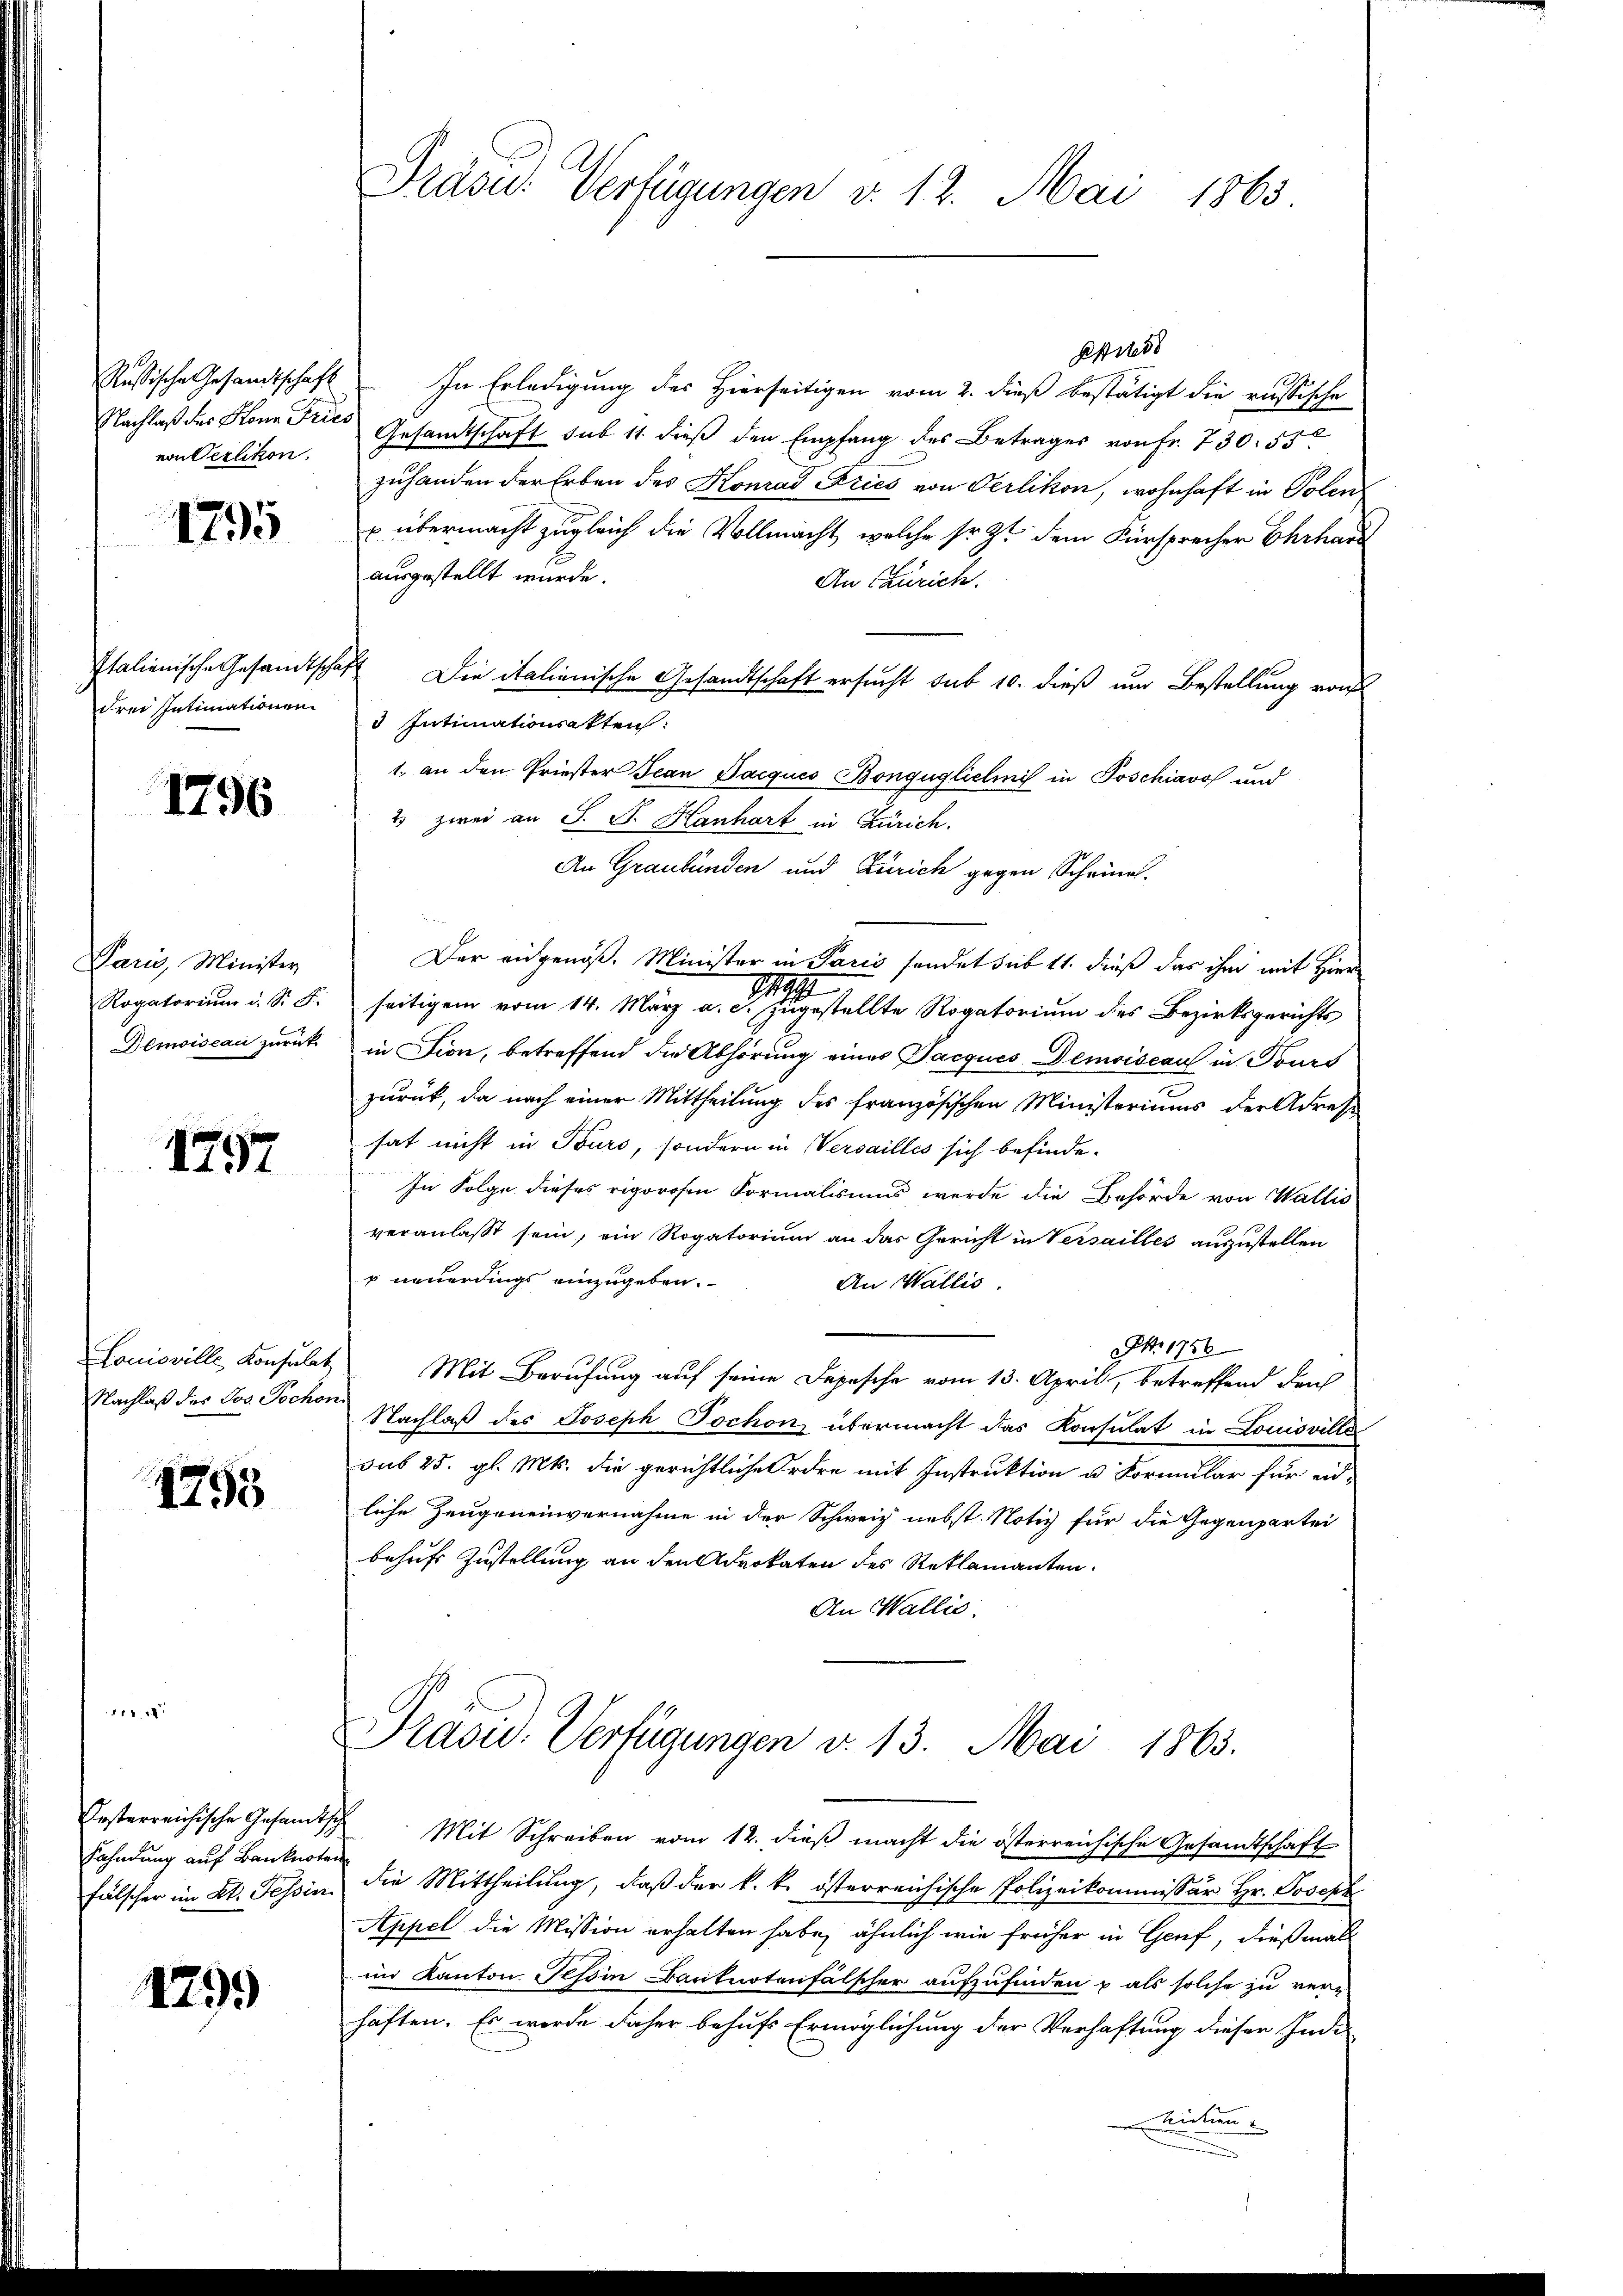
Russische Gesandtschaft
von Verlikon.

1795

Frei Intimationen

1796

Paris, Minister
Rogatorium u. S. F.
Demoiseau zurück

157

Louisville Konsulat
Nachlaß des Jos. Tochon

1795

Fahndung auf Banknoten

1799

Präsu: Verfügungen v. 12. Mai 1863

In Erledigung des Hierseitigen vom 2. dieß bestätigt die russische
Nachlaß des Kann Fries Gesandtschaft sub 11. dieß den Empfang des Betrages von Fr. 730. 55
zuhanden der Erben des Konrad Fries von Oerlikon, wohnhaft in Polen
x übermacht zugleich die Vollmacht, welche sr. Zt. dem Fürsprecher Ehrhard
ausgestellt wurde.
An Curich.
Italienische Gesamtschaft Die italienische Gesandtschaft ersucht sub 10. dieß um Bestellung von
 Intimationsakten:
1. an den Priester Jean Parqués Bongügliclinis in Poschiavo und
2 zwei an J. J. Hanhart in Zürich.
An Graubünden und Zürich gegen Scheina

Der eidgenöß. Minister in Paris sendet sub 11. dieß das ihm mit Hier
19
seitigen vom 14. März a. c. zugestellte Rogatorium des Bezirksgerichts
in Fion, betreffend die Abhörung eines Jacquis Demoiseau in Tours
zurück, da nach einer Mittheilung des französischen Ministeriums der Adress
hat nicht in Turs, sondern in Versailles sich befinde-
In Folge dieses rigorosen Formalismus werde die Behörde von Wallis
veranlasst sein, ein Rogatorium an das Gericht in Versailles auszustellen
 neuerdings einzugeben.
An Wallis.
No. 1756
Mit Berufung auf seine Depesche vom 13. April, betreffend den
Nachlaß des Joseph Jochon übermacht das Konsulat in Louisville
sub 25. gl. Mts. die gerichtliche Ordre mit Instruktion u. Formular für einliche Zeugeneinvernahme in der Schweiz nebst. Notiz für die Gegenpartei
behufs Zustellung an den Advokaten des Reklamanten.
An Wallis.

ppis

Prasid. Verfügungen v. 13. Mai 1863.

Oesterreichische Gesandtsche Mit Schreiben vom 12. dieß macht die österreichische Gesandtschaft
fälscher im Kt. Tessin die Mittheilŭng, daβ der k. k. österreichische Polizeikommissär Hr. Joseph
Appel die Mission erhalten habe, ähnlich wie früher in Genf, dießmal
im Kanton Tessin Canturtenfalscher aufzufinden & als solche zu verhaften. Es werde daher behufs Ermöglichung der Verhaftung dieser Inde
Mitun